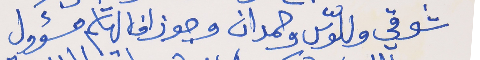
شوقي وللّوس وحمدان     وجوزاف الهاشم مسؤول